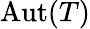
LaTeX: \mathrm{Aut}(T)